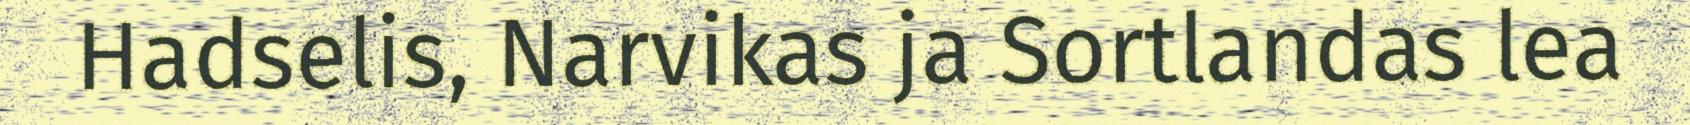
Hadselis, Narvikas ja Sortlandas lea